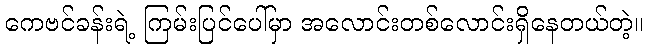
ကေဗင်ခန်းရဲ့ ကြမ်းပြင်ပေါ်မှာ အလောင်းတစ်လောင်းရှိနေတယ်တဲ့။